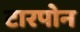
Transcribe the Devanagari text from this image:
टारपोन